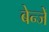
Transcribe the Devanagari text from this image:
बेन्जें